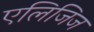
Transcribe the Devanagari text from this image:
एलिजिज